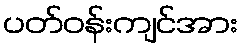
ပတ်ဝန်းကျင်အား